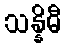
သန္နိဓီ